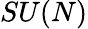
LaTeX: SU(N)